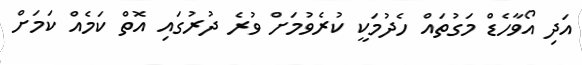
އަދި އޯވާހެޑް މަގުތައް ހެދުމަކީ ކުރެވުމަށް ވުރެ ދުރުގައި އޮތް ކަމެއް ކަމަށް